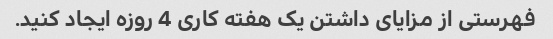
فهرستی از مزایای داشتن یک هفته کاری 4 روزه ایجاد کنید.